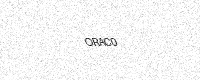
Text: ORAC0